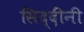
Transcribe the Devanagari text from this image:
सिद्दींनी